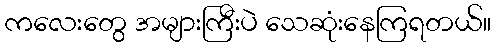
ကလေးတွေ အများကြီးပဲ သေဆုံးနေကြရတယ်။